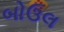
બોઉલ